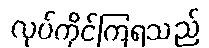
လုပ်ကိုင်ကြရသည်